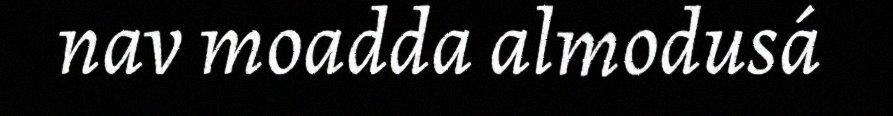
nav moadda almodusá